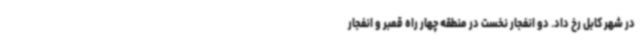
در شهر کابل رخ داد. دو انفجار نخست در منطقه چهار راه قمبر و انفجار